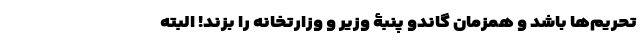
تحریم‌ها باشد و همزمان گاندو پنبۀ وزیر و وزارتخانه را بزند! البته